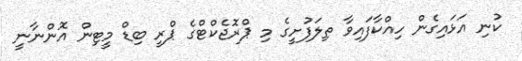
ކުނި އަޅައިގެން ހިއްކާފައިވާ ތިލަފުށީގެ މި ޕްރޮޖެކްޓްގެ ޕްރީ ބިޑް މީޓިން އޮންނާނީ